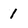
Character: 1